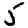
Digit: 5